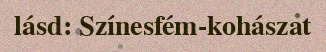
lásd: Színesfém-kohászat